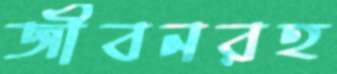
জীবনরহ